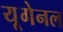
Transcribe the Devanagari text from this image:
यूगेनल